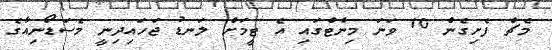
މެޗް ފެށިގެން 10 ވަނަ މިނެޓްގައި އެ ޓީމަށް ލަނޑު ޖަހައިދިނީ މެސަޑޯނިއާގެ